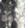
أوه